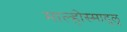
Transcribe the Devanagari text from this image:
माल्होस्मादुलू